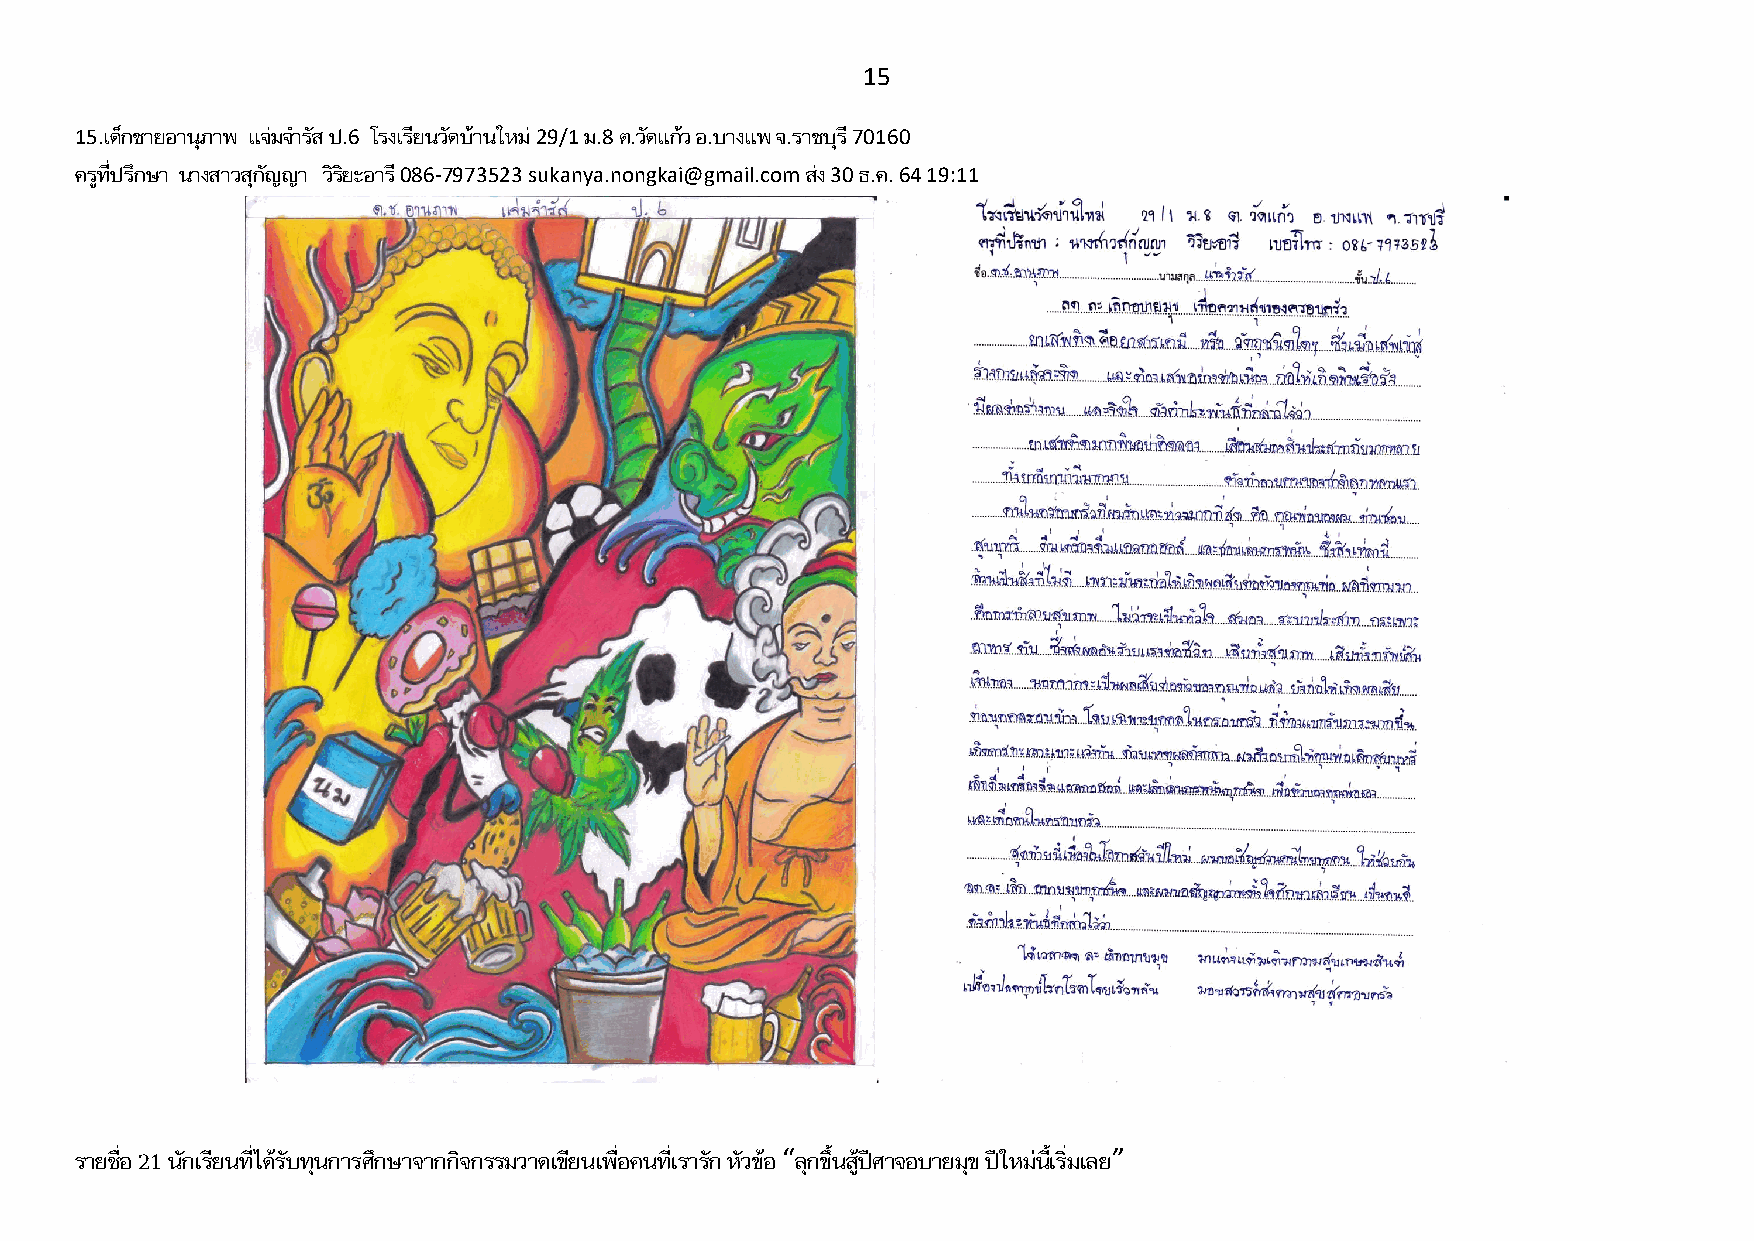
15
 15.เด็กชายอานุภาพ แจ่มจ ารัส ป.6 โรงเรียนวัดบ้านใหม่ 29/1 ม.8 ต.วัดแก้ว อ.บางแพ จ.ราชบุรี 70160
 ครูที่ปรึกษา นางสาวสุกัญญา วิริยะอารี 086-7973523 sukanya.nongkai@gmail.com ส่ง 30 ธ.ค. 64 19:11
 รายชื่อ 21 นักเรียนที่ได้รับทุนการศึกษาจากกิจกรรมวาดเขียนเพื่อคนที่เรารัก หัวข้อ “ลุกขึ้นสู้ปีศาจอบายมุข ปีใหม่นี้เริ่มเลย”